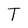
Character: T